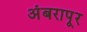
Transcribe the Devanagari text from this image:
अंबरापूर